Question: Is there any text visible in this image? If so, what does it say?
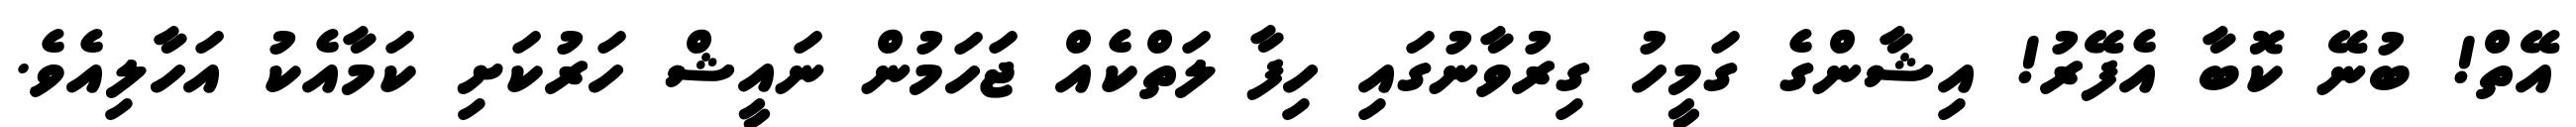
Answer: އޭތް! ބުނޭ ކޮބާ އެފޭރު! އިޝާންގެ ގަމީހު ގިރުވާނުގައި ހިފާ ލަތްކެއް ޖަހަމުން ނައީޝް ހަރުކަށި ކަމާއެކު އަހާލިއެވެ.